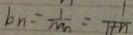
b _ { n } = \frac { 1 } { n a _ { n } } = \frac { 1 } { 1 + n }